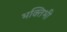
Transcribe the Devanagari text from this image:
भक्तिभी